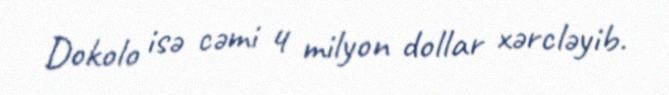
Dokolo isə cəmi 4 milyon dollar xərcləyib.